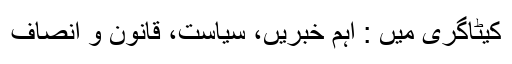
کیٹاگری میں : اہم خبریں، سیاست، قانون و انصاف